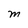
Character: M